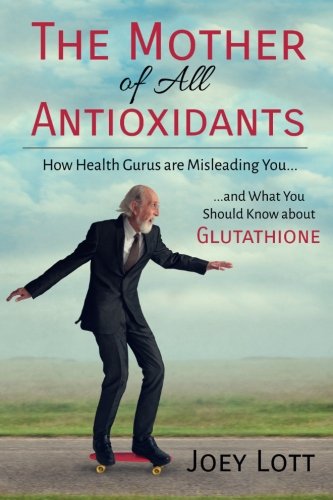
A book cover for The Mother of All Antioxidants: How Health Gurus are Misleading You and What You Should Know about Glutathione; Joey Lott; Health, Fitness & Dieting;